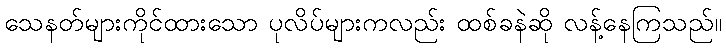
သေနတ်များကိုင်ထားသော ပုလိပ်များကလည်း ထစ်ခနဲဆို လန့်နေကြသည်။